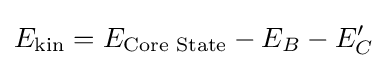
E_{\text{kin}}=E_{\text{Core State}}-E_{B}-E_{C}'